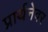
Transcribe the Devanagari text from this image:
प्रार्थनेवर